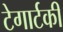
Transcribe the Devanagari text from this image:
टेगार्टकी